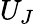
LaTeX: U_{J}